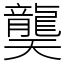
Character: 龑